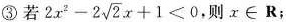
③若$$2x^{2}-2 \sqrt{2}x+1<0$$,则$$x \in R$$；